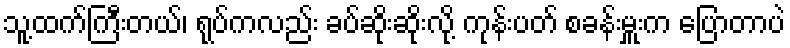
သူ့ထက်ကြီးတယ်၊ ရုပ်ကလည်း ခပ်ဆိုးဆိုးလို့ ကုန်းပတ် စခန်းမှူးက ပြောတာပဲ